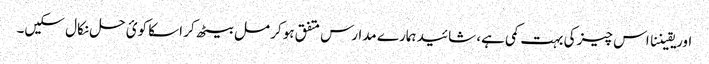
اور یقیننا اس چیز کی بہت کمی ہے، شائید ہمارے مدارس متفق ہو کر مل بیٹھ کر اسکا کوئ حل نکال سکیں۔